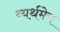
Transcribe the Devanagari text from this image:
व्यर्थमेव